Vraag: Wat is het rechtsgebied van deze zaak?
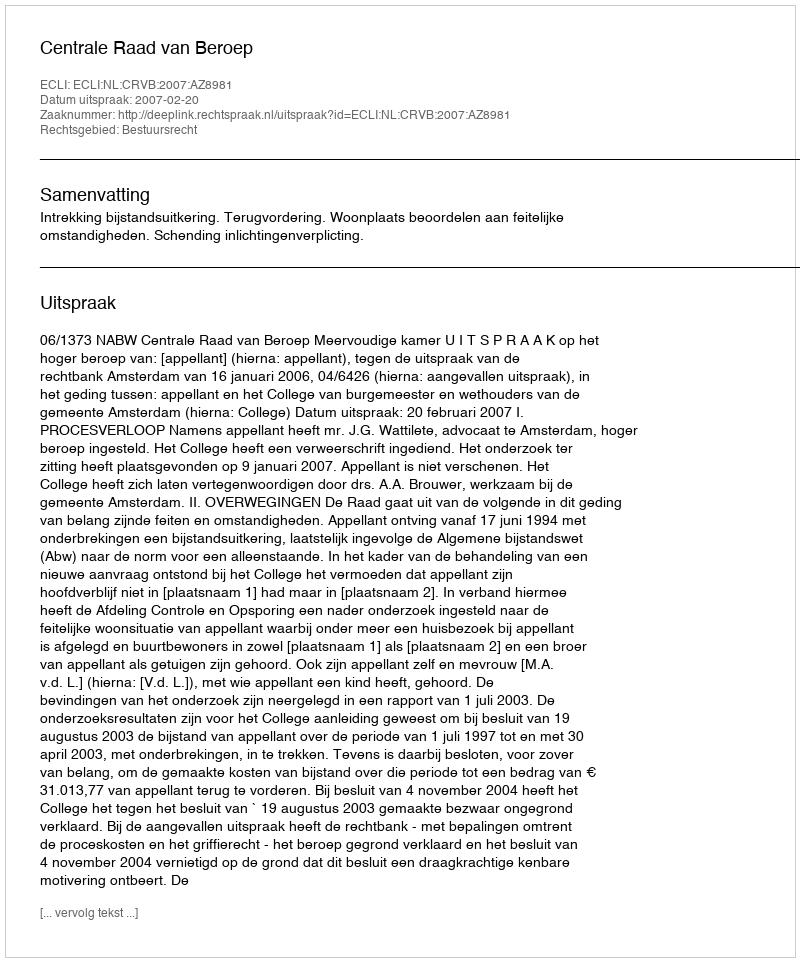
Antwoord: Bestuursrecht